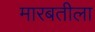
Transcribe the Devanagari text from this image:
मारबतीला